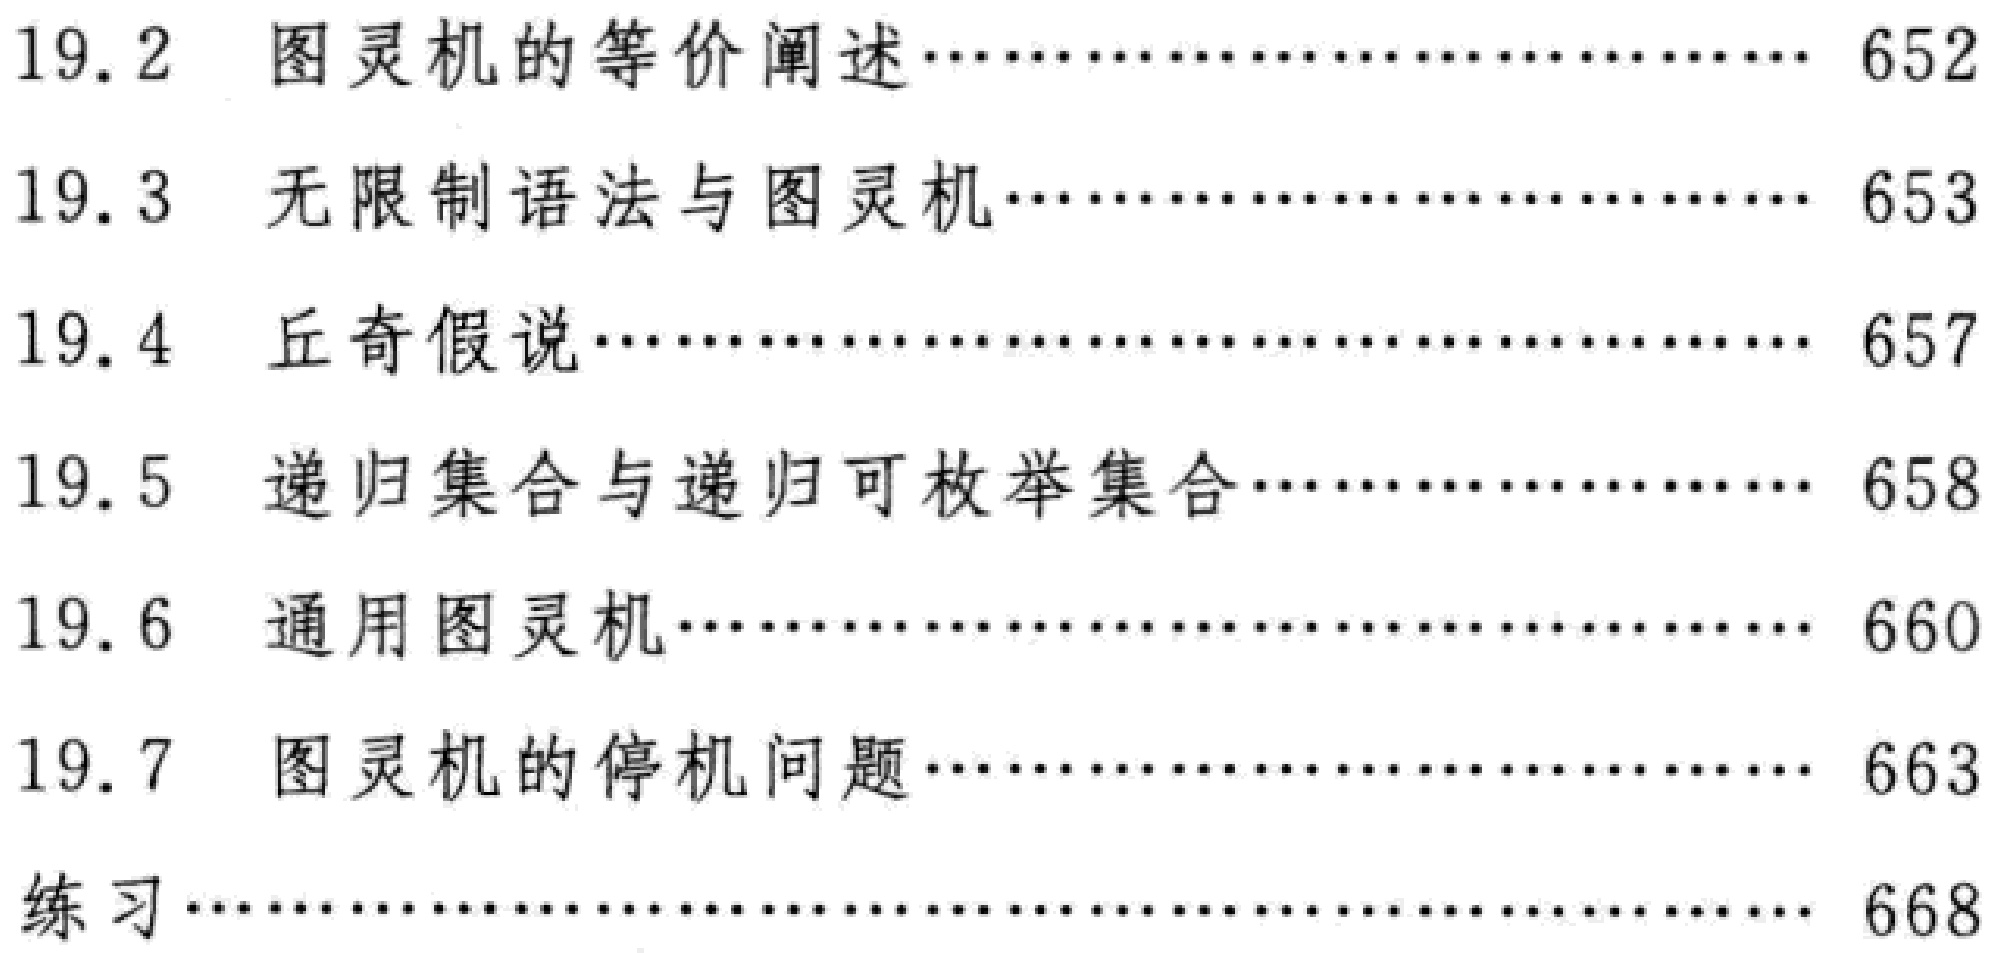
\begin{enumerate}

\item[19.2] 图灵机的等价阐述\hfill 652

\item[19.3] 无限制语法与图灵机\hfill 653

\item[19.4] 丘奇假说\hfill 657

\item[19.5] 递归集合与递归可枚举集合\hfill 658

\item[19.6] 通用图灵机\hfill 660

\item[19.7] 图灵机的停机问题\hfill 663

\item[练习]\hfill 668

\end{enumerate}